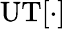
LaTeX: \mathrm{UT}[\cdot]